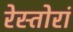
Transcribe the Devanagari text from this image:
रेस्तोरां